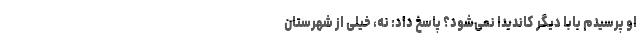
او پرسیدم بابا دیگر کاندیدا نمی‌شود؟ پاسخ داد: نه، خیلی از شهرستان